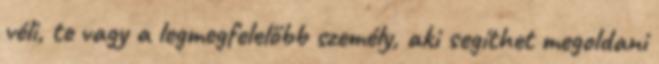
véli, te vagy a legmegfelelőbb személy, aki segíthet megoldani